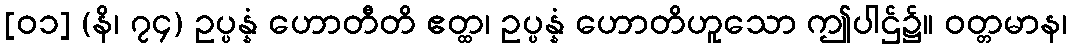
[၀၁] (နိ၊ ၇၄) ဥပ္ပန္နံ ဟောတီတိ ဧတ္ထ၊ ဥပ္ပန္နံ ဟောတိဟူသော ဤပါဌ်၌။ ဝတ္တမာန၊